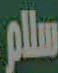
سلام